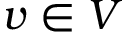
v \in V